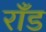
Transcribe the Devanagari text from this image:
राँड